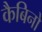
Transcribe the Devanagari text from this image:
कैबिनो